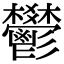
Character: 鬰